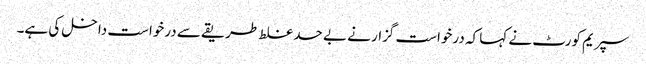
سپریم کورٹ نے کہا کہ درخواست گزار نے بے حد غلط طریقے سے درخواست داخل کی ہے۔